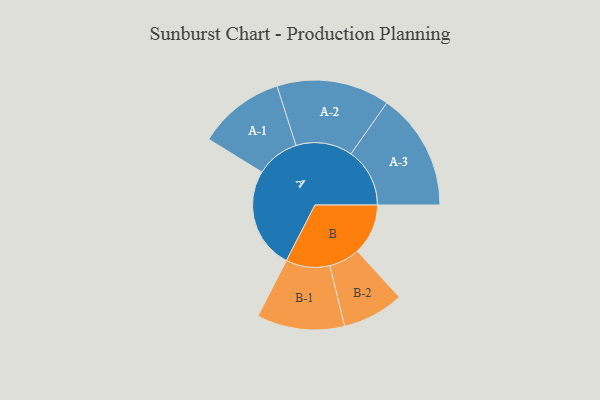
{"axis": {"x": "Segment", "y": "Value"}, "legend": ["", "A", "B"], "data": [{"x": "A", "y": 408, "type": ""}, {"x": "B", "y": 205, "type": ""}, {"x": "A-1", "y": 175, "type": "A"}, {"x": "A-2", "y": 228, "type": "A"}, {"x": "A-3", "y": 237, "type": "A"}, {"x": "B-1", "y": 177, "type": "B"}, {"x": "B-2", "y": 124, "type": "B"}]}